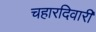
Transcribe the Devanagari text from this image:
चहारदिवारी